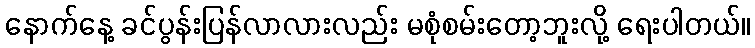
နောက်နေ့ ခင်ပွန်းပြန်လာလားလည်း မစုံစမ်းတော့ဘူးလို့ ရေးပါတယ်။